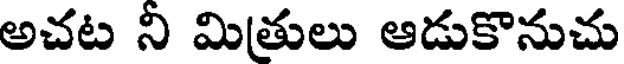
అచట ని మిత్రులు ఆడుకొనుచు